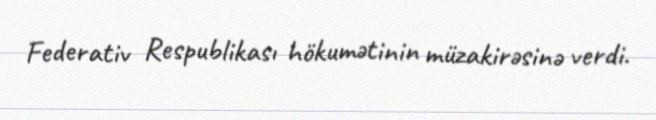
Federativ Respublikası hökumətinin müzakirəsinə verdi.